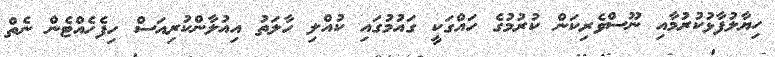
ހިޔާލުފާޅުކުުރުމާއި ނޫސްވެރިކަން ކުރުމުގެ ހައްގަކީ ގައުމުގައި ކުއްލި ހާލަތު އިއުލާންކުރިއަސް ހިފެހެއްޓެން ނެތް